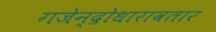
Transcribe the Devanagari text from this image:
गजेन्द्रोधारावतार